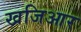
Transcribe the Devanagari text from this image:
खजिआर